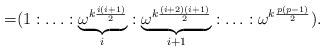
LaTeX: \begin{align*}=&(1:\ldots:\underbrace{\omega^{k\frac{i(i+1)}{2}}}_{i}:\underbrace{\omega^{k\frac{(i+2)(i+1)}{2}}}_{i+1}:\ldots: \omega^{k\frac{p(p-1)}{2}}).\end{align*}